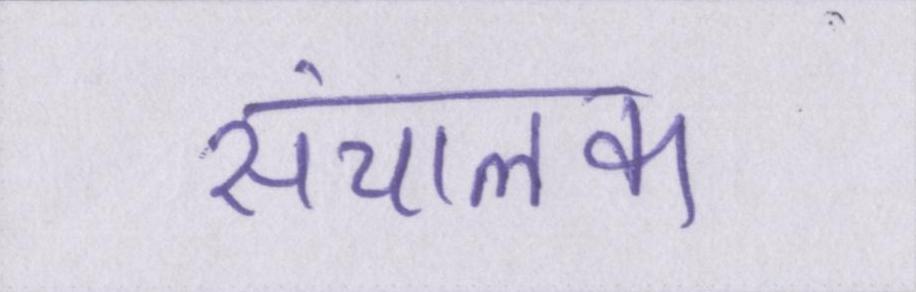
संचालक